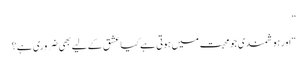
”
“اور ہوشمندی جو محبت میں ہوتی ہے کیا عشق کے لیے بھی ضروری ہے؟